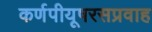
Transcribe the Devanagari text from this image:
कर्णपीयूषरसप्रवाह